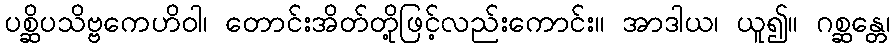
ပစ္ဆိပသိဗ္ဗကေဟိဝါ၊ တောင်းအိတ်တို့ဖြင့်လည်းကောင်း။ အာဒါယ၊ ယူ၍။ ဂစ္ဆန္တေ၊